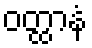
ဝတ္ထာနံ